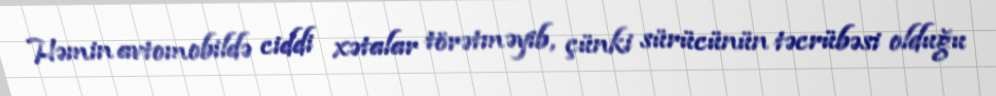
Həmin avtomobildə ciddi xətalar törətməyib, çünki sürücünün təcrübəsi olduğu